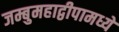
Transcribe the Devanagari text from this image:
जम्बुमहाद्वीपामध्ये